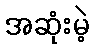
အဆုံးမဲ့